Rangoon Lunatic Asylum 1893-1897 - 1893-1897
Year: 1893
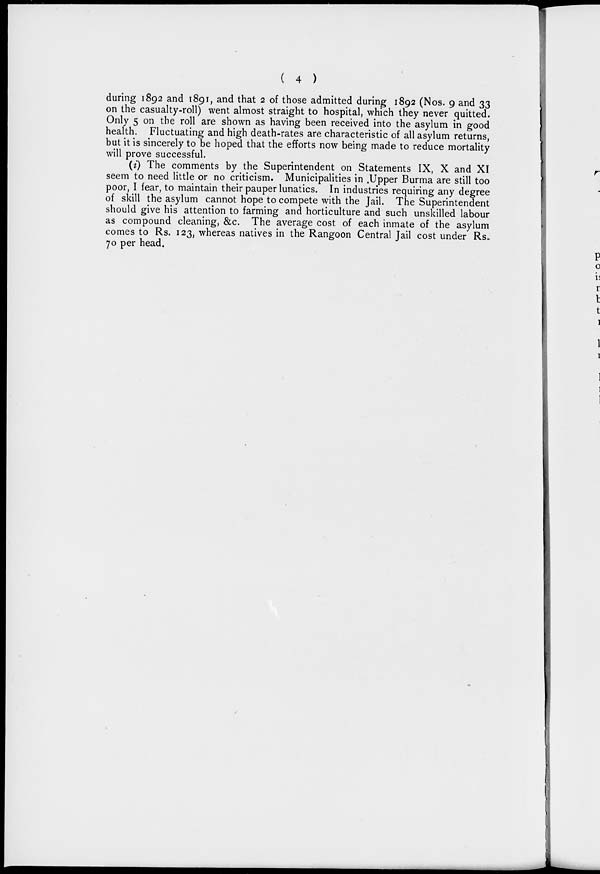
( 4 )
during 1892 and 1891, and that 2 of those admitted during 1892 (Nos. 9 and 33
on the casualty-roll) went almost straight to hospital, which they never quitted.
Only 5 on the roll are shown as having been received into the asylum in good
health. Fluctuating and high death-rates are characteristic of all asylum returns,
but it is sincerely to be hoped that the efforts now being made to reduce mortality
will prove successful.
(i) The comments by the Superintendent on Statements IX, X and XI
seem to need little or no criticism. Municipalities in Upper Burma are still too
poor, I fear, to maintain their pauper lunatics. In industries requiring any degree
of skill the asylum cannot hope to compete with the Jail. The Superintendent
should give his attention to farming and horticulture and such unskilled labour
as compound cleaning, &c. The average cost of each inmate of the asylum
comes to Rs. 123, whereas natives in the Rangoon Central Jail cost under Rs.
70 per head.